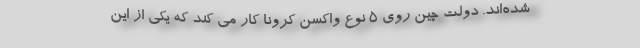
شده‌اند. دولت چین روی 5 نوع واکسن کرونا کار می کند که یکی از این